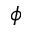
\phi